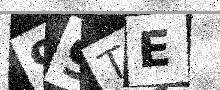
Text: 99TE